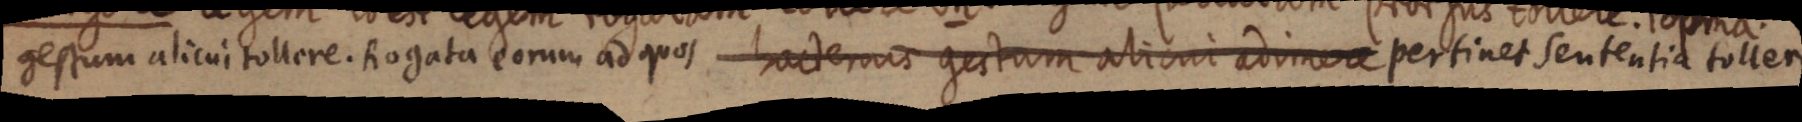
gestum alicvitollore hogata tarum ad qot eter geitium abiom edimere pertinet sententia tollem